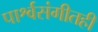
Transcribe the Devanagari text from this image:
पार्श्वसंगीतही